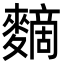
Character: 䵂